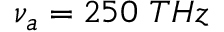
\nu _ { a } = 2 5 0 ~ T H z